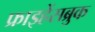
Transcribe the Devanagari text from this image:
फ्राइहेंसब्रुक